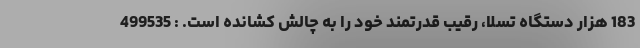
183 هزار دستگاه تسلا، رقیب قدرتمند خود را به چالش کشانده است. : 499535